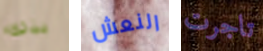
بذلك النعش تاجرت